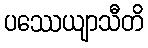
ပဿေယျာသီတိ